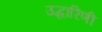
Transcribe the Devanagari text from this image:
उद्धारिणी